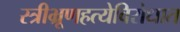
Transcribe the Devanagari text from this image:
स्त्रीभ्रूणहत्येविरोधात